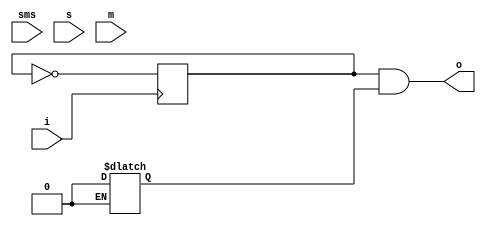
`timescale 1ns / 1ps
//////////////////////////////////////////////////////////////////////////////////
// Company: 
// Engineer: 
// 
// Design Name: 
// Module Name:    Stopmirror 
// Project Name: 
// Target Devices: 
// Tool versions: 
// Description: 
//
// Dependencies: 
//
// Revision: 
// Revision 0.01 - File Created
// Additional Comments: 
//
//////////////////////////////////////////////////////////////////////////////////
module Stopmirror(
    input i,
    output o,
	 input sms,
	 input s,
	 input m
    );
	 reg og = 1;
	 reg oy = 1;
	 always @(posedge i) begin
		og <= ~og;
	end
	always @(*) begin
		if (sms == 99 & s == 59 & m == 59) oy = 0;
	end
	assign o = og & oy;

endmodule